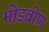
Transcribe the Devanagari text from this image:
मोडवोण